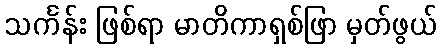
သင်္ကန်း ဖြစ်ရာ မာတိကာရှစ်ဖြာ မှတ်ဖွယ်